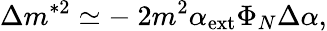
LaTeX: \Delta m^{*2}\simeq-~2m^{2}\alpha_{\mathrm{ext}}\Phi_{N}\Delta\alpha,